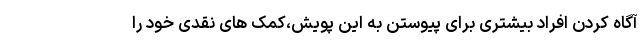
آگاه کردن افراد بیشتری برای پیوستن به این پویش،کمک‌ های نقدی خود را